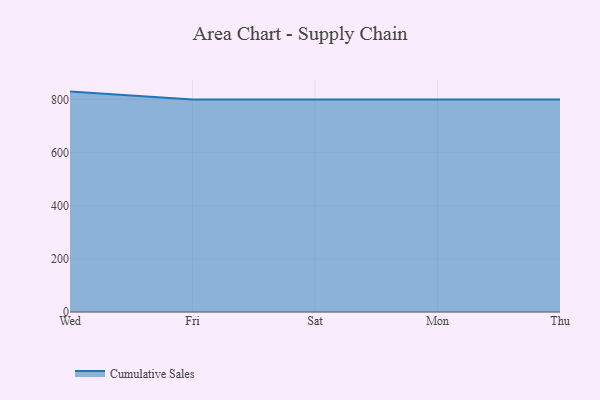
{"axis": {"x": "Day", "y": "Conversion Rate (%)"}, "legend": ["Cumulative Sales"], "data": [{"x": "Wed", "y": 829.5, "type": "Cumulative Sales"}, {"x": "Fri", "y": 800, "type": "Cumulative Sales"}, {"x": "Sat", "y": 800, "type": "Cumulative Sales"}, {"x": "Mon", "y": 800, "type": "Cumulative Sales"}, {"x": "Thu", "y": 800, "type": "Cumulative Sales"}]}